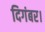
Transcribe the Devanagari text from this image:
दिगंबर।